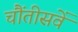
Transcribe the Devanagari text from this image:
चौंतीसवें